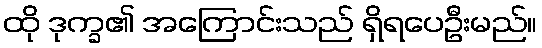
ထို ဒုက္ခ၏ အကြောင်းသည် ရှိရပေဦးမည်။